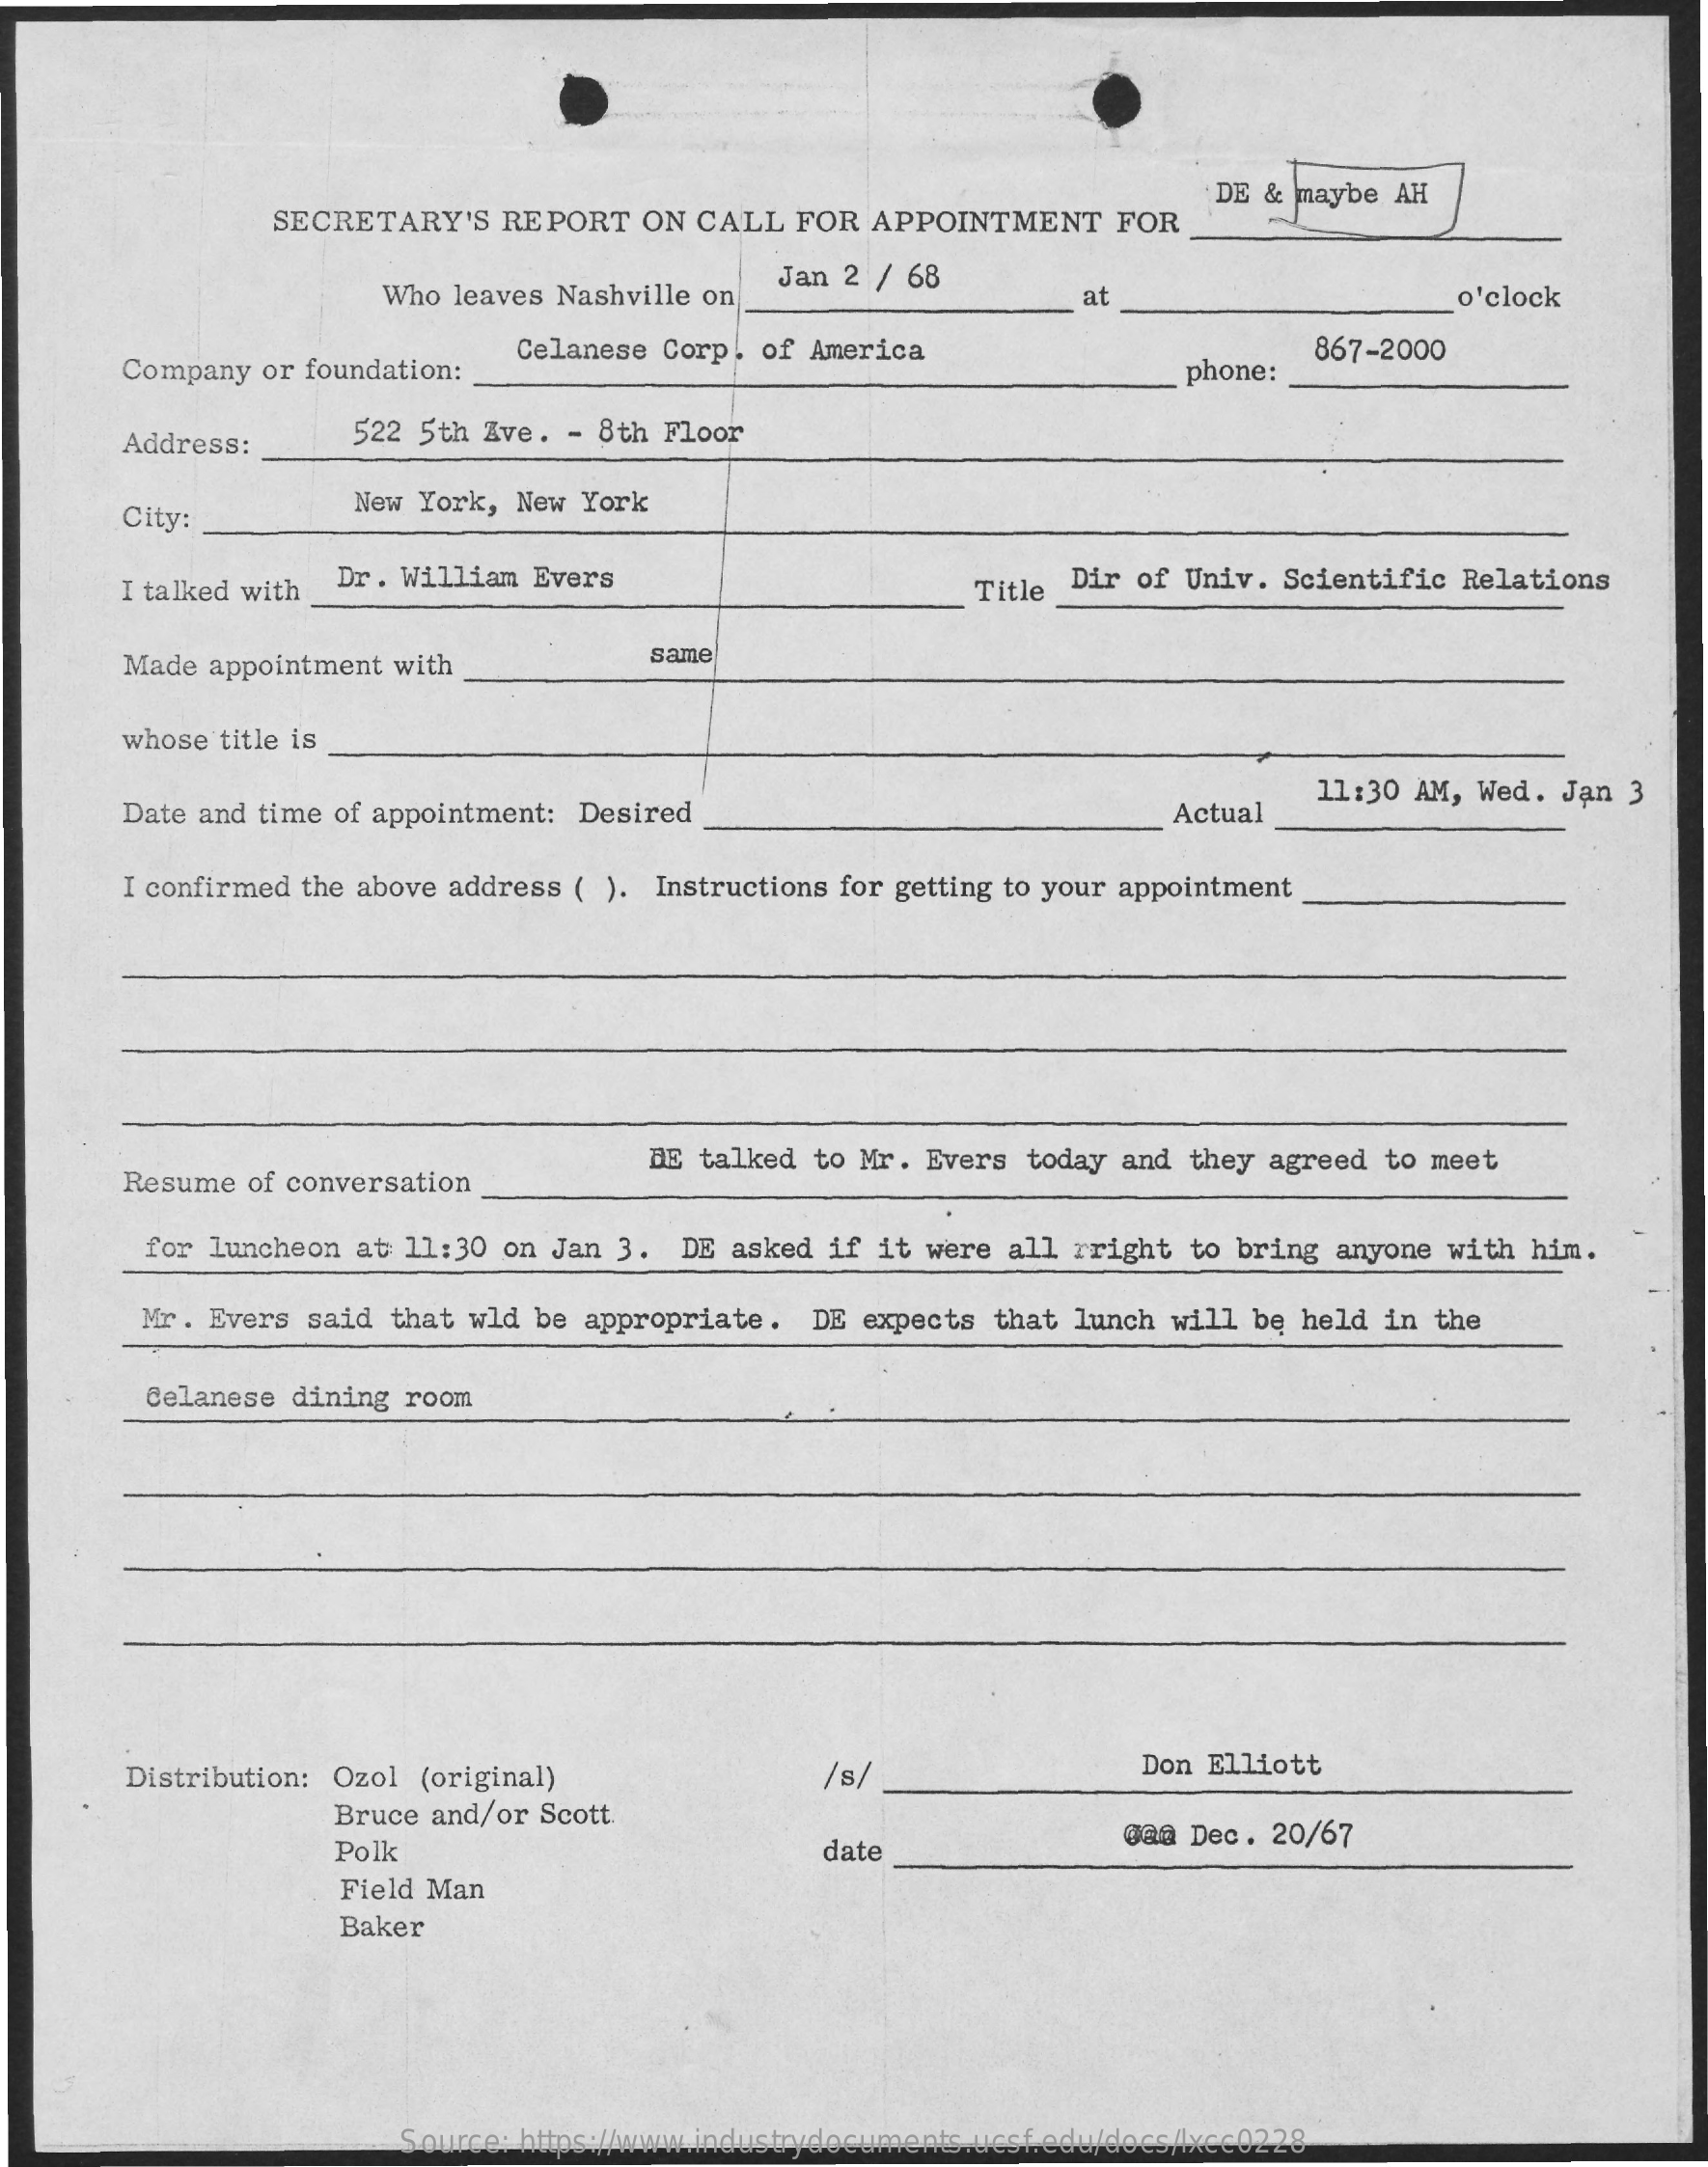
SECRETARY'S REPORT ON CALL FOR APPOINTMENT FOR
     DE & maybe AH
     Who leaves Nashville on
     Jan 2 / 68
     at    o'clock
     Company or foundation:
     Celanese Corp. of America
     phone:
     867-2000
     Address:   522 5th Ave. - 8th Floor
     City:    New York, New York
     I talked with Dr. William Evers    Title Dir of Univ. Scientific Relations
     Made appointment with
     same
     whose title is
     Date and time of appointment: Desired    Actual
     11:30 AM, Wed. Jan 3
     I confirmed the above address ( ). Instructions for getting to your appointment
     Resume of conversation
     BE talked to Mr. Evers today and they agreed to meet
     for luncheon at 11:30 on Jan 3. DE asked if it were all rright to bring anyone with him.
     Mr. Evers said that wld be appropriate. DE expects that lunch will be held in the
     Celanese dining room
     Distribution: Ozol (original)    /s/    Don Elliott
     Bruce and/or Scott
     Polk    date    gaa Dec. 20/67
     Field Man
     Baker
     Source: https://www.industrydocuments.ucsf.edu/docs/lxcc0228